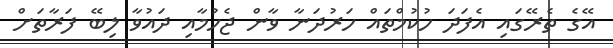
އޭގެ ތެރޭގައި އެފަދަ ހުކުމްތައް ހަރުދަނާ ވާން ޖެހުމާއި ދައުވާ ލިބޭ ފަރާތަށް